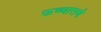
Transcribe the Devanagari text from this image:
ऊच्चाराचे